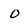
Character: O